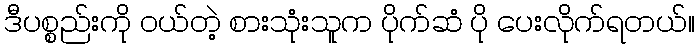
ဒီပစ္စည်းကို ဝယ်တဲ့ စားသုံးသူက ပိုက်ဆံ ပို ပေးလိုက်ရတယ်။